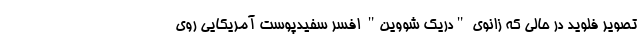
تصویر فلوید در حالی که زانوی "دریک شووین" افسر سفیدپوست آمریکایی روی